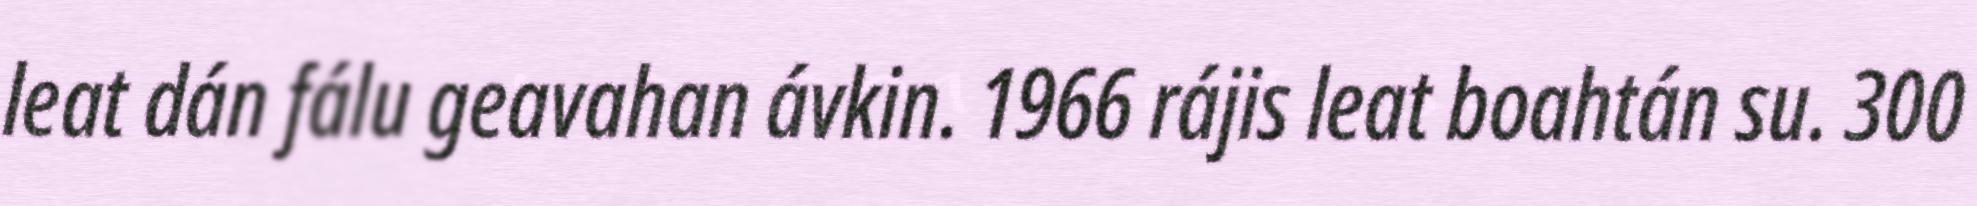
leat dán fálu geavahan ávkin. 1966 rájis leat boahtán su. 300